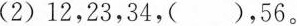
(2)12，23，34，()，56。